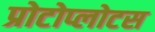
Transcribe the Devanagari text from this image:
प्रोटोप्लोटस